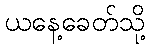
ယနေ့ခေတ်သို့